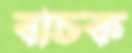
বাচক